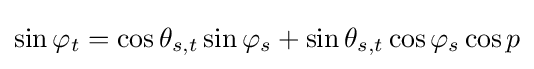
\sin \varphi _{t}=\cos \theta _{s,t}\sin \varphi _{s}+\sin \theta _{s,t}\cos \varphi _{s}\cos p